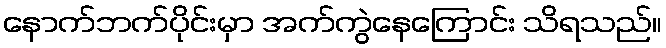
နောက်ဘက်ပိုင်းမှာ အက်ကွဲနေကြောင်း သိရသည်။